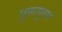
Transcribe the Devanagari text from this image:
गुरूपुरम